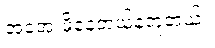
အအေးမိနေတယ်နဲ့တူတယ်။